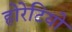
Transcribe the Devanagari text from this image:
होरेटियो